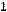
1